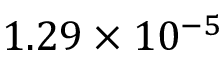
1 . 2 9 \times 1 0 ^ { - 5 }